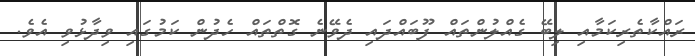
ރައްކާތެރިކަމާއި ލިބޭ ގެއްލުންތައް ފޫބައްދައި ދެވޭނެ ގޮތްތައް ހެދުން ކަމުގައި ވިދާޅުވި އެވެ.